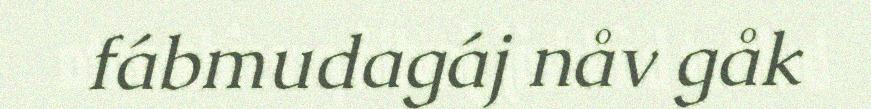
fábmudagáj nåv gåk